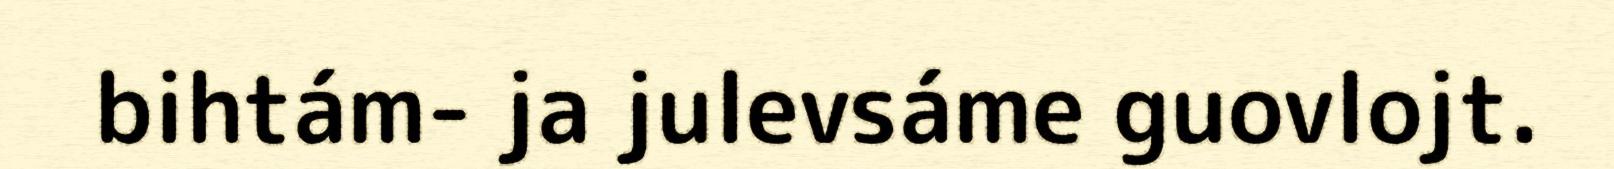
bihtám- ja julevsáme guovlojt.